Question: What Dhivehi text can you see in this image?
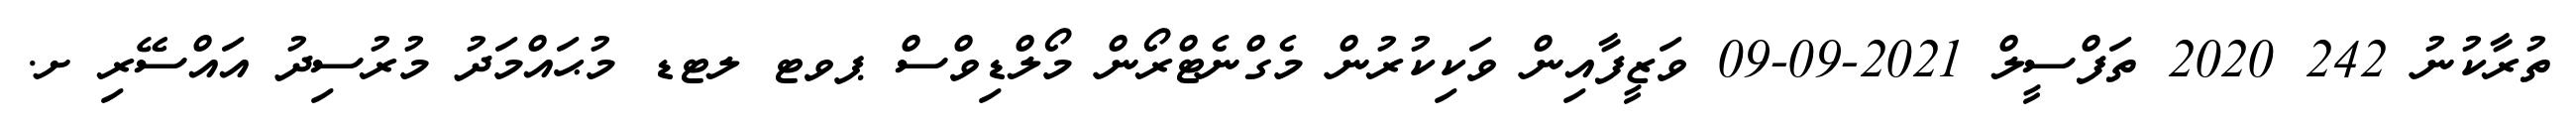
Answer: ތުރާކުނު 242 2020 ތަފްސީލް 2021-09-09 ވަޒީފާއިން ވަކިކުރުން މެގްނެޓްރޯން މޯލްޑިވްސް ޕވޓ ލޓޑ މުޙައްމަދު މުރުސިދު އައްސޭރި ށ.